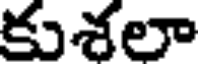
కుశలా